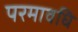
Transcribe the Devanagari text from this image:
परमावधि